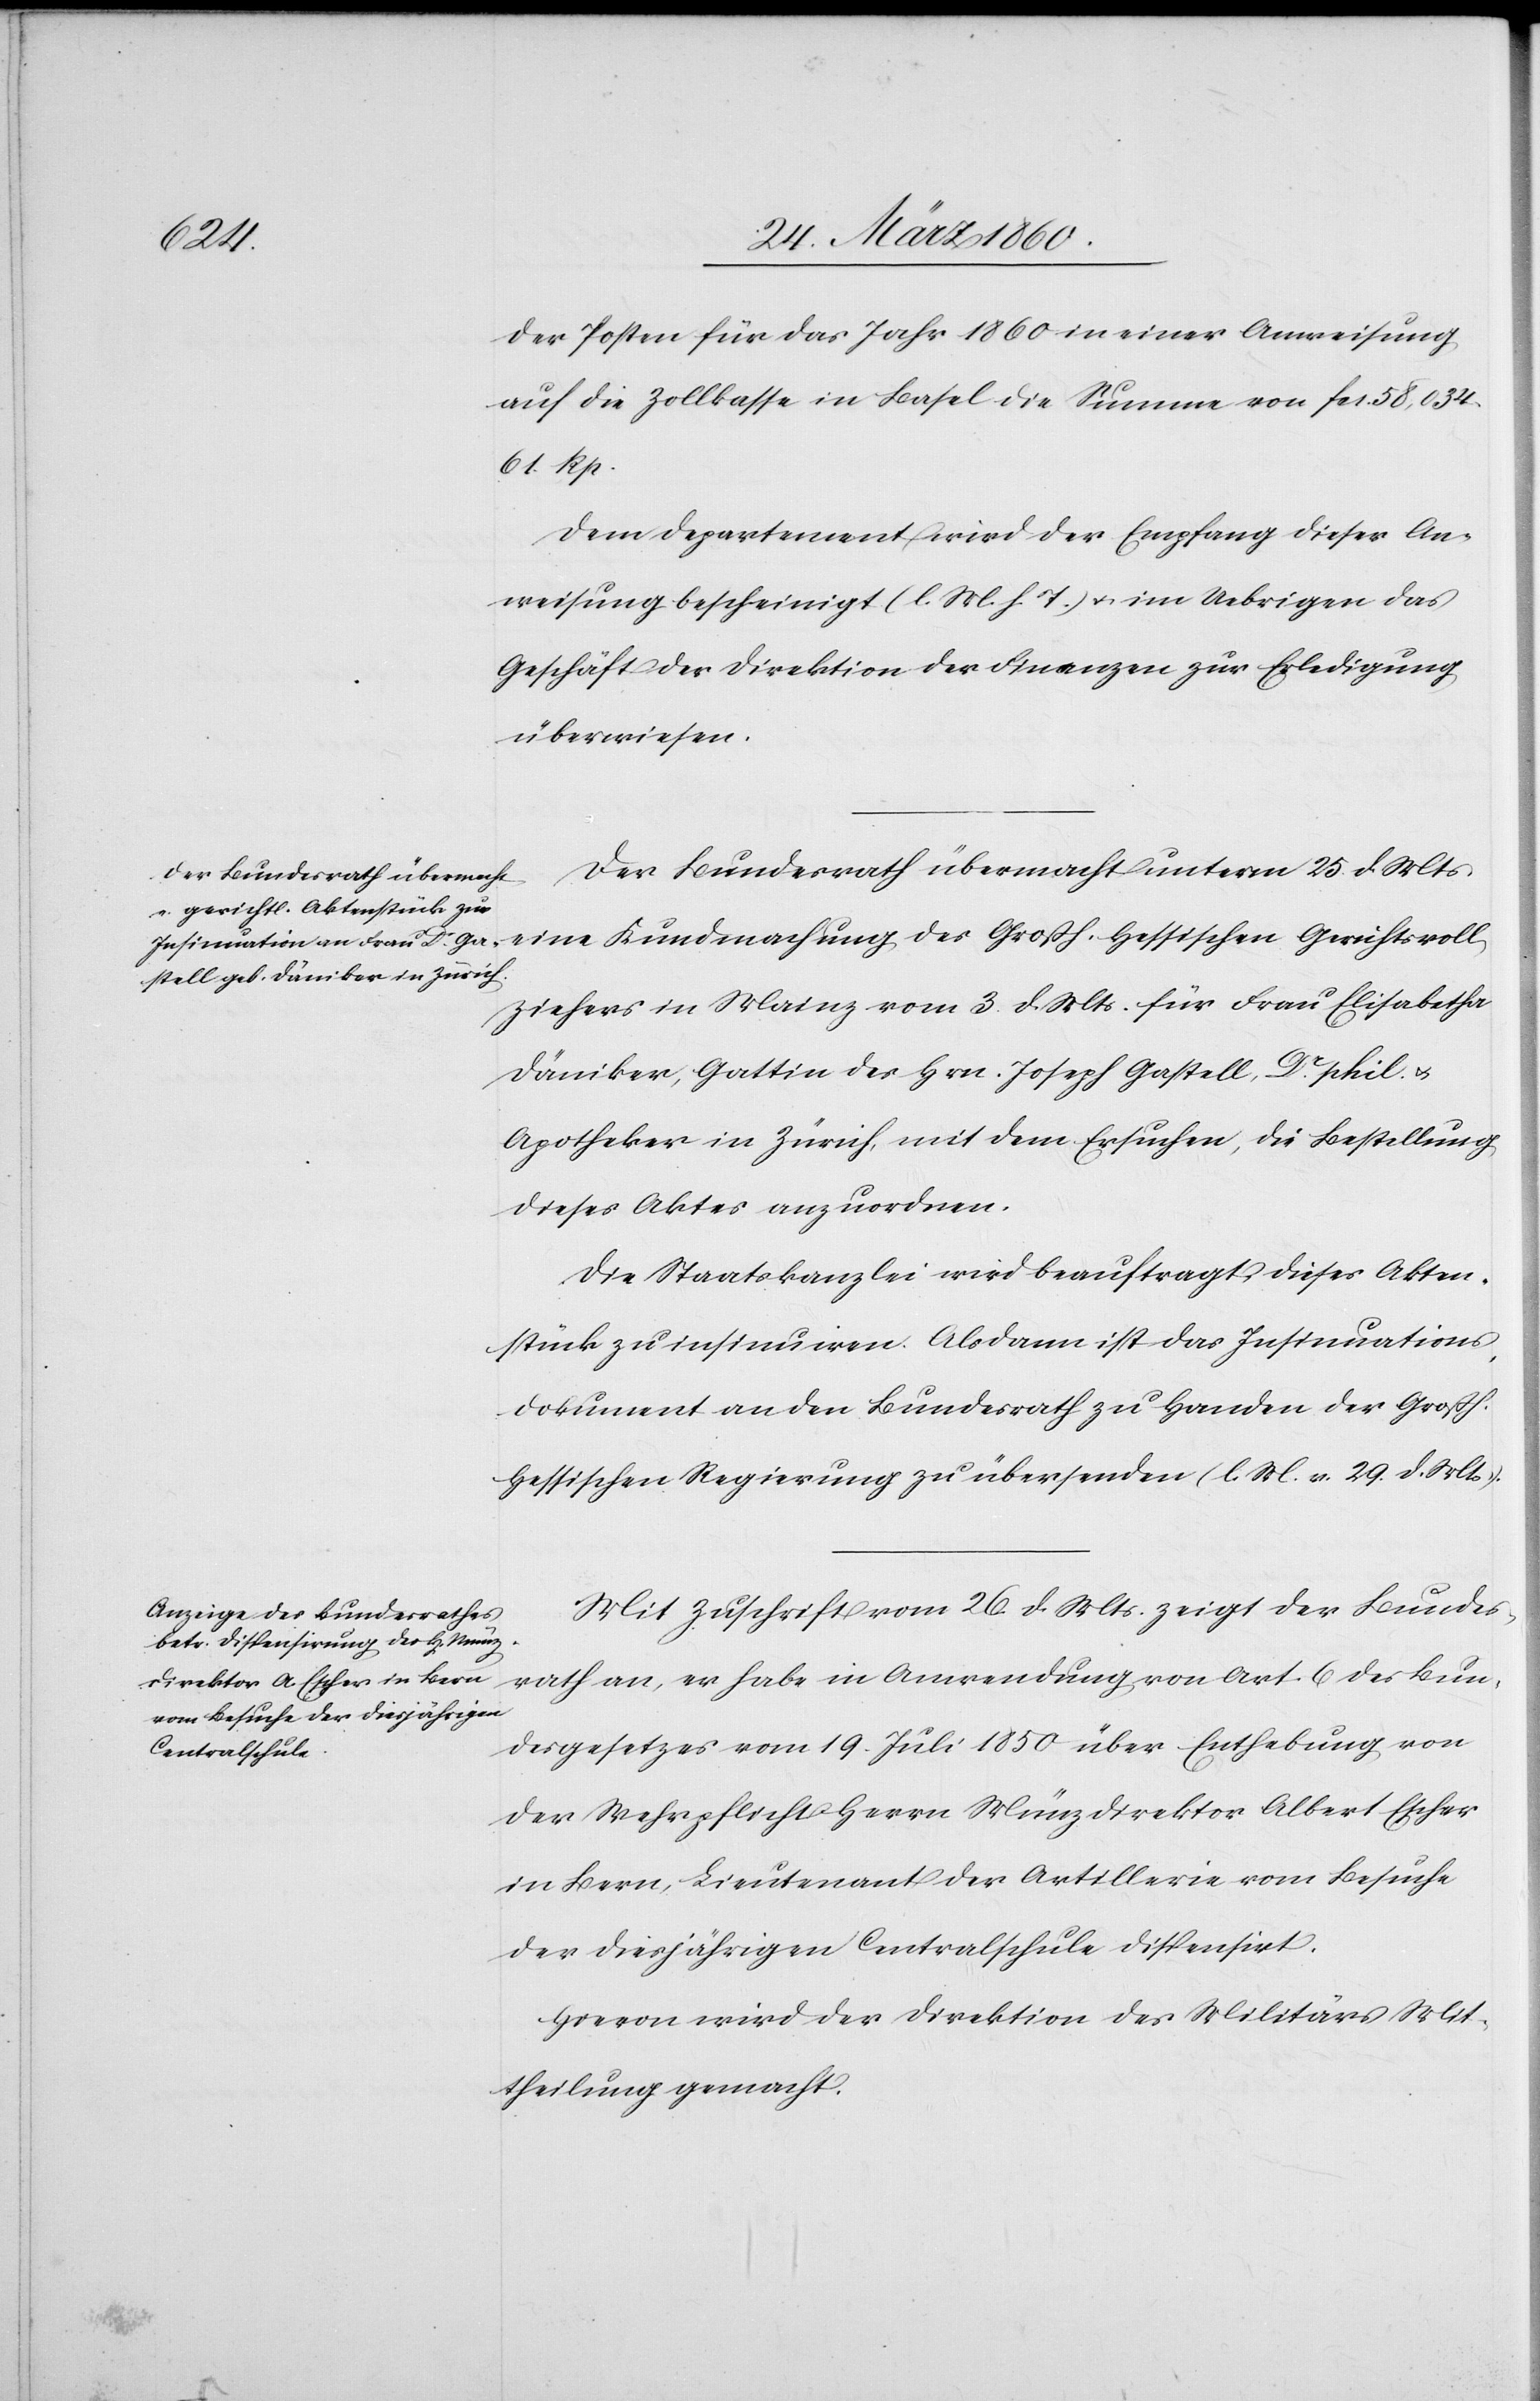
28. März 1860.]
svoll¬
der Posten für das Jahr 1860 in einer Anweisung
auf die Zollkasse in Basel die Summe von fcs. 58,034.
61 Rp.
Dem Departement wird der Empfang dieser An¬
weisung bescheinigt [l. M. h. T] u. im Uebrigen das
Geschäft der Direktion der Finanzen zur Erledigung
überwiesen.
Der Bundesrath übermacht unterm 25. d. Mts.
ziehers in Mainz vom 3. d. Ms. für Frau Elisabetha
Däniker, Gattin des Hrn. Joseph Gastell, Dr Phil. u.
Apotheker in Zürich, mit dem Ersuchen, die Bestellung
dieses Aktes anzuordnen.
Die Staatskanzlei wird beauftragt, dieses Akten¬
stück zu insinuiren. Alsdann ist das Insinuations¬
dokument an den Bundesrath zu Handen der Grossh.
Hessischen Regierung zu übersenden. (l. M. v. 29. d. Mts.)
Mit Zuschrift vom 26. d. Mts. zeigt der Bundes¬
rath an, er habe in Anwendung von Art. 6. des Bun¬
desgesetzes vom 19. Juli 1850 über Enthebung von
der Wehrpflicht Herrn Münzdirektor Albert Escher
in Bern, Lieutenant der Artillerie vom Besuche
der diesjährigen Centralschule dispensirt.
Hievon wird der Direktion des Militärs Mit¬
theilung gemacht.